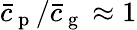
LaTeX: \bar{c}_{\mathrm{~p~}}/\bar{c}_{\mathrm{~g~}}\approx 1